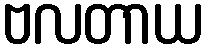
ဗလတာယ